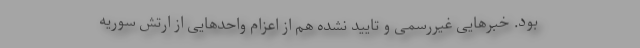
بود. خبرهایی غیررسمی و تایید نشده هم از اعزام واحدهایی از ارتش سوریه